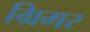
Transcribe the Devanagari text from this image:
ग्रिमर